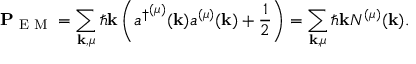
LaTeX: \mathbf { P } _ { \textrm { E M } } = \sum _ { \mathbf { k } , \mu } \hbar \mathbf { k } \left( { a ^ { \dagger } } ^ { ( \mu ) } ( \mathbf { k } ) a ^ { ( \mu ) } ( \mathbf { k } ) + { \frac { 1 } { 2 } } \right) = \sum _ { \mathbf { k } , \mu } \hbar \mathbf { k } N ^ { ( \mu ) } ( \mathbf { k } ) .